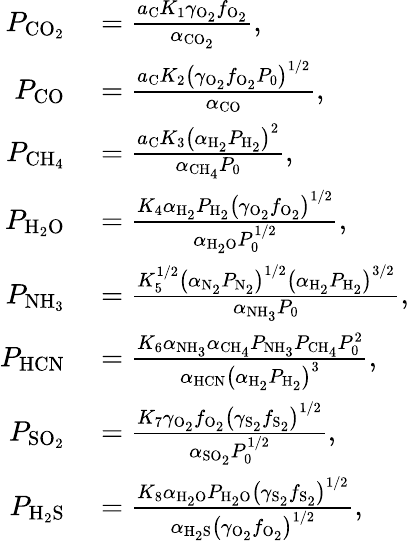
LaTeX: \begin{array}{rl}{P_{\mathrm{CO_{2}}}}&{{}=\frac{a_{\mathrm{C}}K_{1}\gamma_{\mathrm{O_{2}}}f_{\mathrm{O_{2}}}}{\alpha_{\mathrm{CO_{2}}}},}\\ {P_{\mathrm{CO}}}&{{}=\frac{a_{\mathrm{C}}K_{2}\left(\gamma_{\mathrm{O_{2}}}f_{\mathrm{O_{2}}}P_{0}\right)^{1/2}}{\alpha_{\mathrm{CO}}},}\\ {P_{\mathrm{CH_{4}}}}&{{}=\frac{a_{\mathrm{C}}K_{3}\left(\alpha_{\mathrm{H_{2}}}P_{\mathrm{H_{2}}}\right)^{2}}{\alpha_{\mathrm{CH_{4}}}P_{0}},}\\ {P_{\mathrm{H_{2}O}}}&{{}=\frac{K_{4}\alpha_{\mathrm{H_{2}}}P_{\mathrm{H_{2}}}\left(\gamma_{\mathrm{O_{2}}}f_{\mathrm{O_{2}}}\right)^{1/2}}{\alpha_{\mathrm{H_{2}O}}P_{0}^{1/2}},}\\ {P_{\mathrm{NH_{3}}}}&{{}=\frac{K_{5}^{1/2}\left(\alpha_{\mathrm{N_{2}}}P_{\mathrm{N_{2}}}\right)^{1/2}\left(\alpha_{\mathrm{H_{2}}}P_{\mathrm{H_{2}}}\right)^{3/2}}{\alpha_{\mathrm{NH_{3}}}P_{0}},}\\ {P_{\mathrm{HCN}}}&{{}=\frac{K_{6}\alpha_{\mathrm{NH_{3}}}\alpha_{\mathrm{CH_{4}}}P_{\mathrm{NH_{3}}}P_{\mathrm{CH_{4}}}P_{0}^{2}}{\alpha_{\mathrm{HCN}}\left(\alpha_{\mathrm{H_{2}}}P_{\mathrm{H_{2}}}\right)^{3}},}\\ {P_{\mathrm{SO_{2}}}}&{{}=\frac{K_{7}\gamma_{\mathrm{O_{2}}}f_{\mathrm{O_{2}}}\left(\gamma_{\mathrm{S_{2}}}f_{\mathrm{S_{2}}}\right)^{1/2}}{\alpha_{\mathrm{SO_{2}}}P_{0}^{1/2}},}\\ {P_{\mathrm{H_{2}S}}}&{{}=\frac{K_{8}\alpha_{\mathrm{H_{2}O}}P_{\mathrm{H_{2}O}}\left(\gamma_{\mathrm{S_{2}}}f_{\mathrm{S_{2}}}\right)^{1/2}}{\alpha_{\mathrm{H_{2}S}}\left(\gamma_{\mathrm{O_{2}}}f_{\mathrm{O_{2}}}\right)^{1/2}},}\end{array}